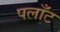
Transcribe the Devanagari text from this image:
पलाँट